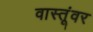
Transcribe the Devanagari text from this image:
वास्तूंवर